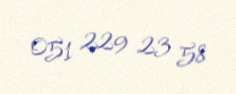
051 229 23 58